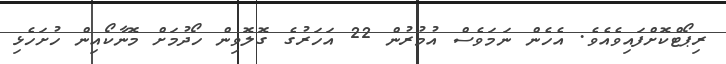
ރިޕޯޓްކޮށްފައިވެއެވެ. އެހެން ނަމަވެސް އުމުރުން 22 އަހަރުގެ ގޮލޮވިން ހޯދުމަށް މޮނާކޯއިން ހުށަހެޅި